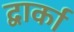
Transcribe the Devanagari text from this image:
द्वार्का